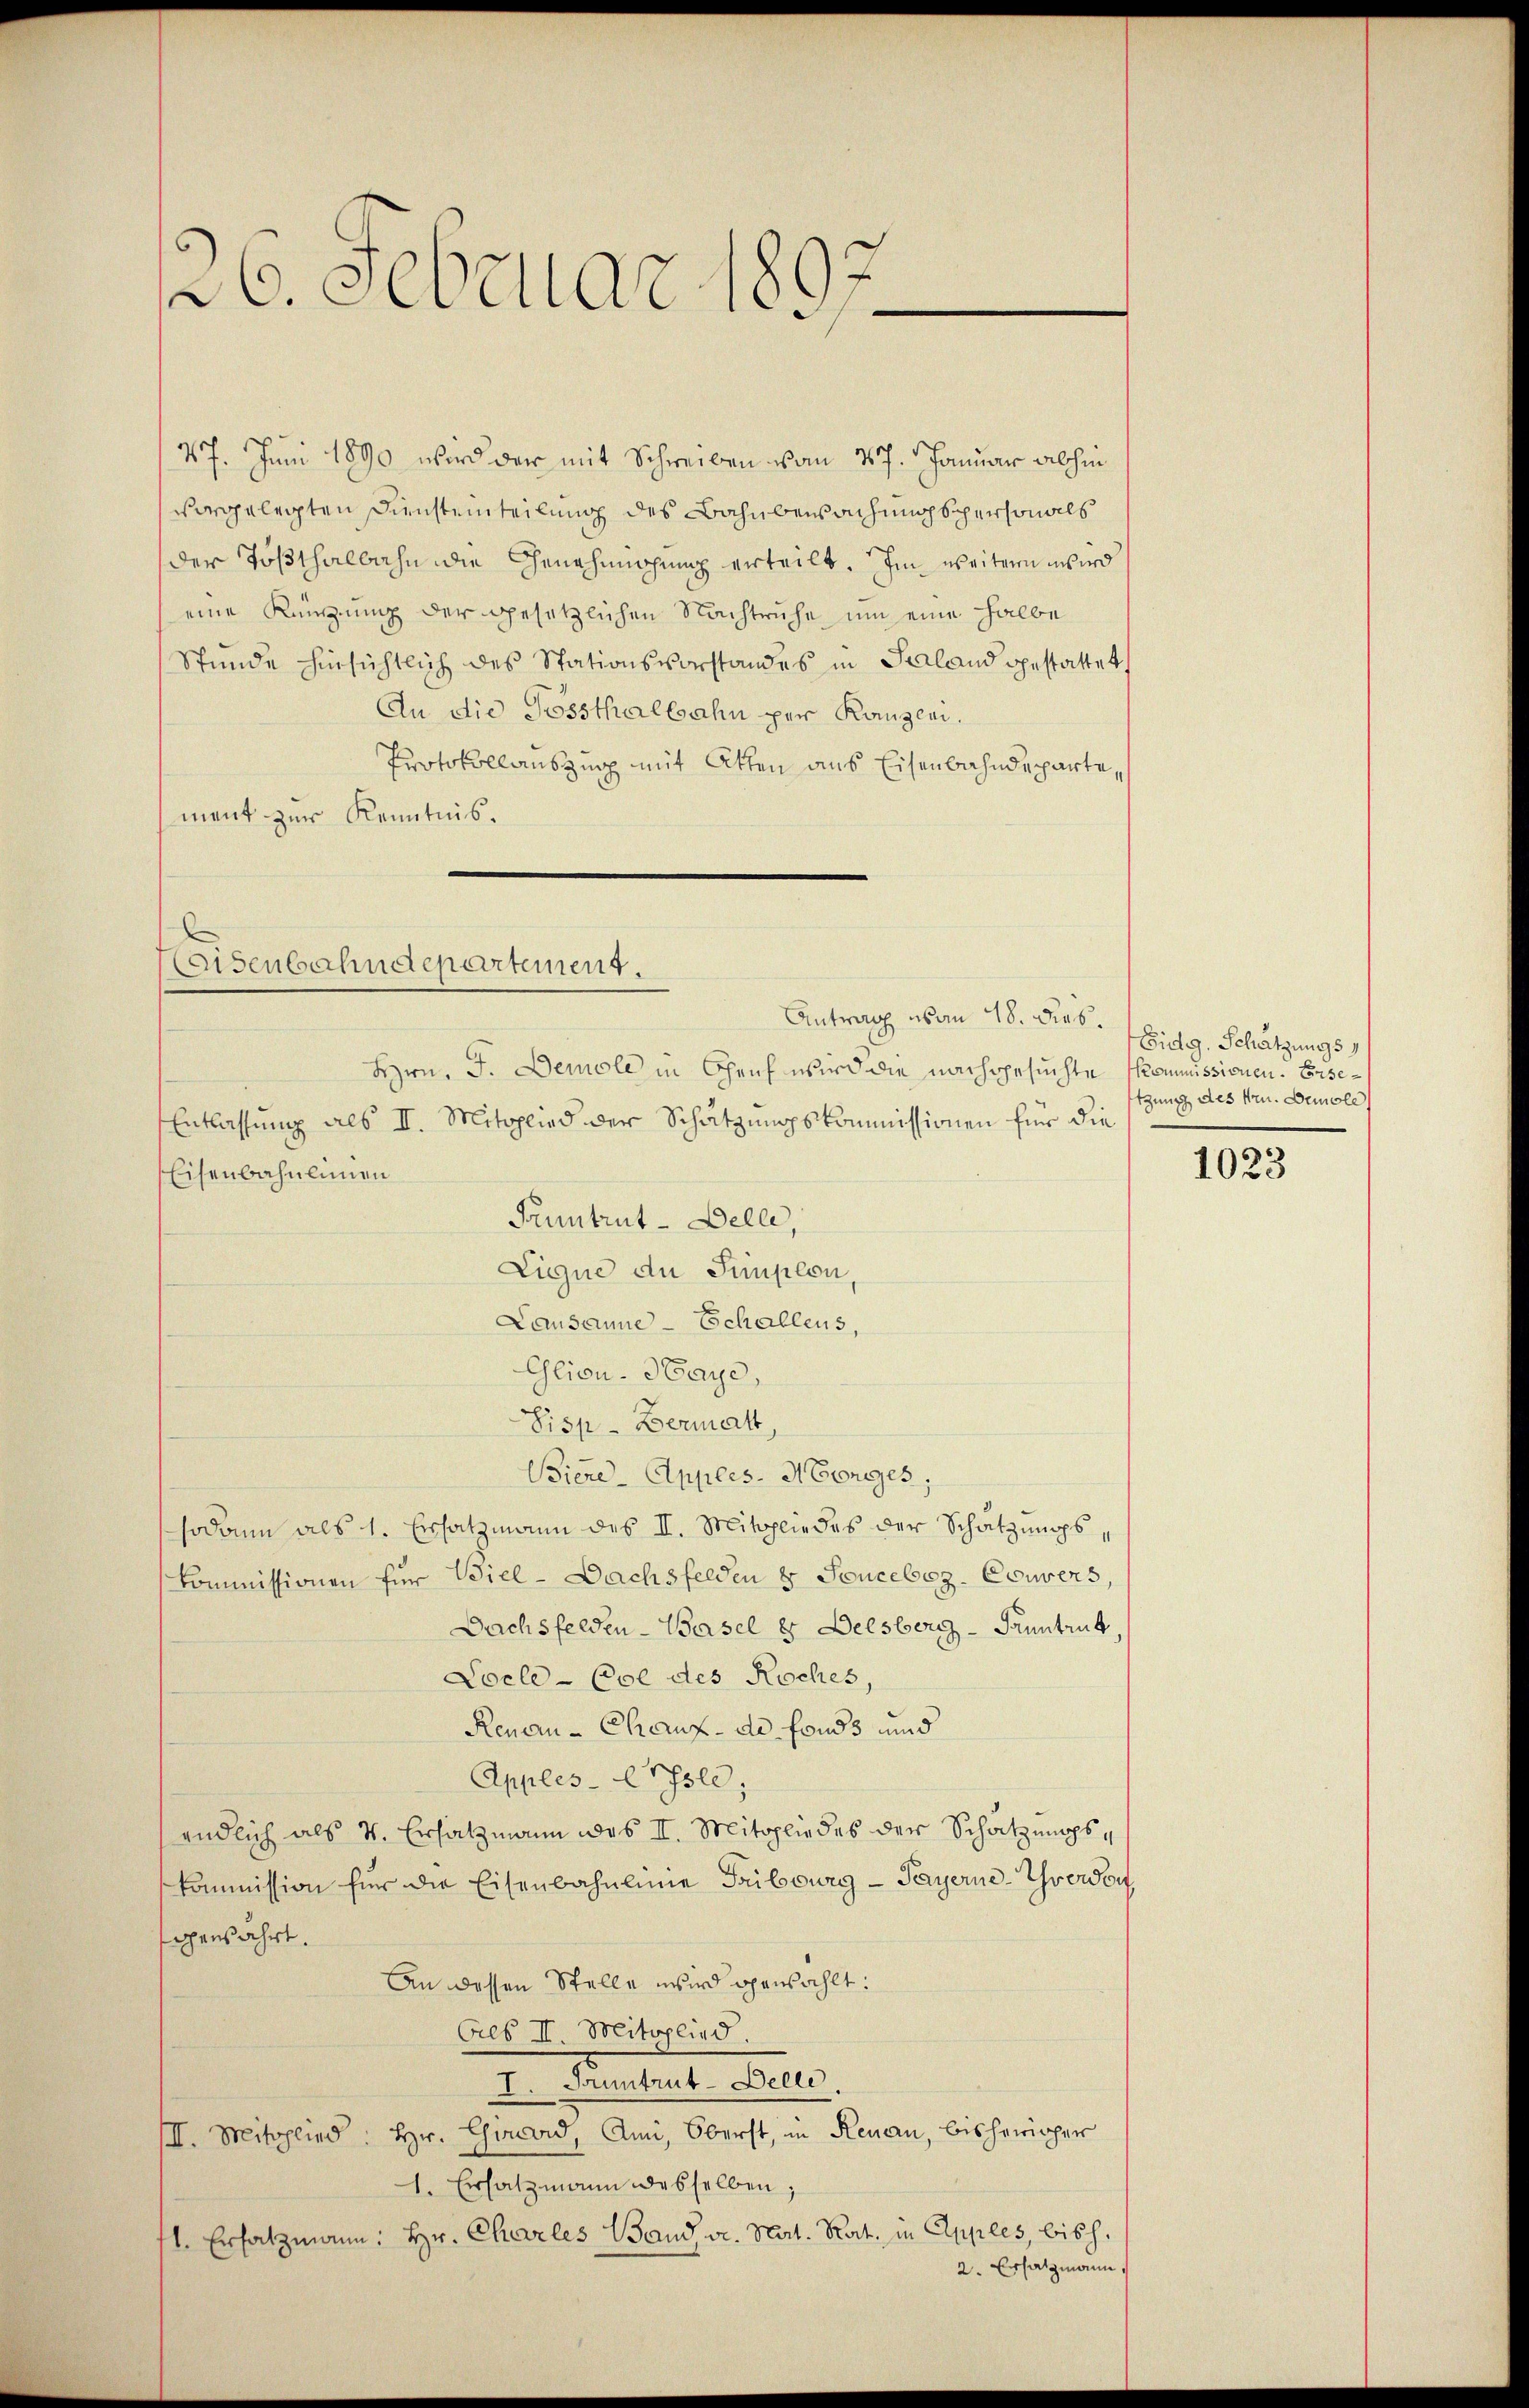
26. Februar 1

47. Juni 1890 wird der mit Schreiben vom 17. Januar abhin
vorgelegten Diensteinteilung des Bahnbewachungspersonals
der Tößthalbahn die Genehmigung erteilt. Im weiteren wird
eine Küngung der gesetzlichen Nachtruhe um eine halbe
Stunde hinsichtlich des Stationsvorstandes in Saland gestattet.
An die Gossthalbahn per Kanzlei.
Protokollauszug mit Atten aus Eisenbahndepartement zur Kenntnis.

eisenbahndepartement.
Antrag von 18. Dies

Hrn. J. Demole in Geif wird die nachgesuchte Commissionen. Erse¬
Entlassung als II. Mitglied der Schätzungskommissionen für die
Eisenbahnlinien
Pruntrut-Delle,
Eigne an Simplon
Lausanne - Schallens,
Gliou-Haye,
Lisp-Bermatt
Biene - Apples. Menges;
sodann als 1. Ersatzmann des II. Mitgliedes der Schätzungs¬
Commissionen für Wiel-Dachsfelden & Soucebez-Couvers,
Dachsfelden-Basel & Delsberg - Pruntrut,
Locle-Col des Roches,
Renau-Chauf- de fonds und
Apples-Crpsle;
endlich als 4. Ersatzmann des II. Mitgliedes der Schätzungskommission für die Eisenbahnlinie Tribourg - Payerne-Yverdon
genährt.
An dessen Stelle wird gewählt:
Cres II. Mitglied.
I. Jauntrut-Delle.
III. Mitglied: Hr. Chirard, Ami, Oberst, in Renau, bishericher
1. Ersatzmann desselben;
1. Ersatzmann: Hr. Charles Band v. Nat. Rat. in Apples, bish
2. Ersatzmann.

Eidg. Schätzungs
tzung des Hrn. Demole

1023